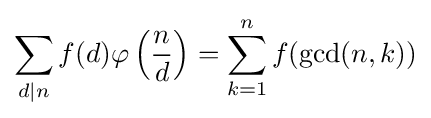
\sum _{d\mid n}f(d)\varphi \left({\frac {n}{d}}\right)=\sum _{k=1}^{n}f(\operatorname {gcd} (n,k))